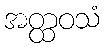
အတ္ထဝသံ